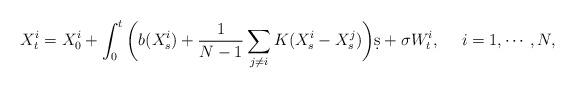
LaTeX: \begin{align*}X_t^i = X_0^i + \int_0^t\bigg(b(X_s^i) + \frac1{N-1}\sum_{j\neq i} K(X_s^i - X_s^j)\bigg)\d s + \sigma W_t^i,~~~~i=1,\cdots,N,\end{align*}